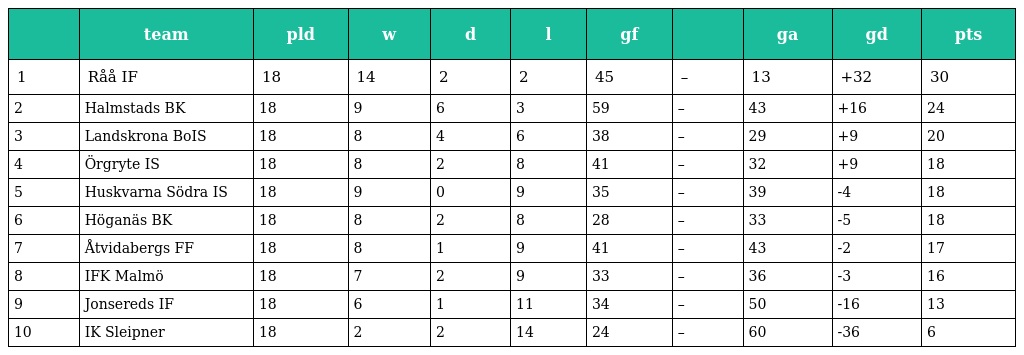
|  | team | pld | w | d | l | gf |  | ga | gd | pts |
 | --- | --- | --- | --- | --- | --- | --- | --- | --- | --- | --- |
 | 1 | Råå IF | 18 | 14 | 2 | 2 | 45 | – | 13 | +32 | 30 |
 | 2 | Halmstads BK | 18 | 9 | 6 | 3 | 59 | – | 43 | +16 | 24 |
 | 3 | Landskrona BoIS | 18 | 8 | 4 | 6 | 38 | – | 29 | +9 | 20 |
 | 4 | Örgryte IS | 18 | 8 | 2 | 8 | 41 | – | 32 | +9 | 18 |
 | 5 | Huskvarna Södra IS | 18 | 9 | 0 | 9 | 35 | – | 39 | -4 | 18 |
 | 6 | Höganäs BK | 18 | 8 | 2 | 8 | 28 | – | 33 | -5 | 18 |
 | 7 | Åtvidabergs FF | 18 | 8 | 1 | 9 | 41 | – | 43 | -2 | 17 |
 | 8 | IFK Malmö | 18 | 7 | 2 | 9 | 33 | – | 36 | -3 | 16 |
 | 9 | Jonsereds IF | 18 | 6 | 1 | 11 | 34 | – | 50 | -16 | 13 |
 | 10 | IK Sleipner | 18 | 2 | 2 | 14 | 24 | – | 60 | -36 | 6 |